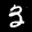
Label: 3